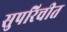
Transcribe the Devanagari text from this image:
सुपरिचीत